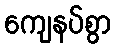
ကျေနပ်စွာ